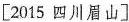
[2015 四川眉山]